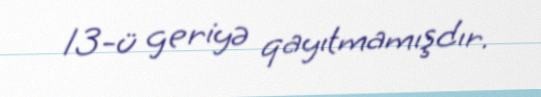
13-ü geriyə qayıtmamışdır.